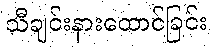
သီချင်းနားထောင်ခြင်း